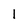
Character: 1